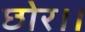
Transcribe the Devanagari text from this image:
छोर।।